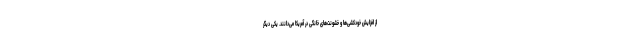
از افزایش خودکشی‌ها و خشونت‌های خانگی در آمریکا می‌دانند. یکی دیگر